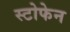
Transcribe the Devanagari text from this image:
स्टोफेन